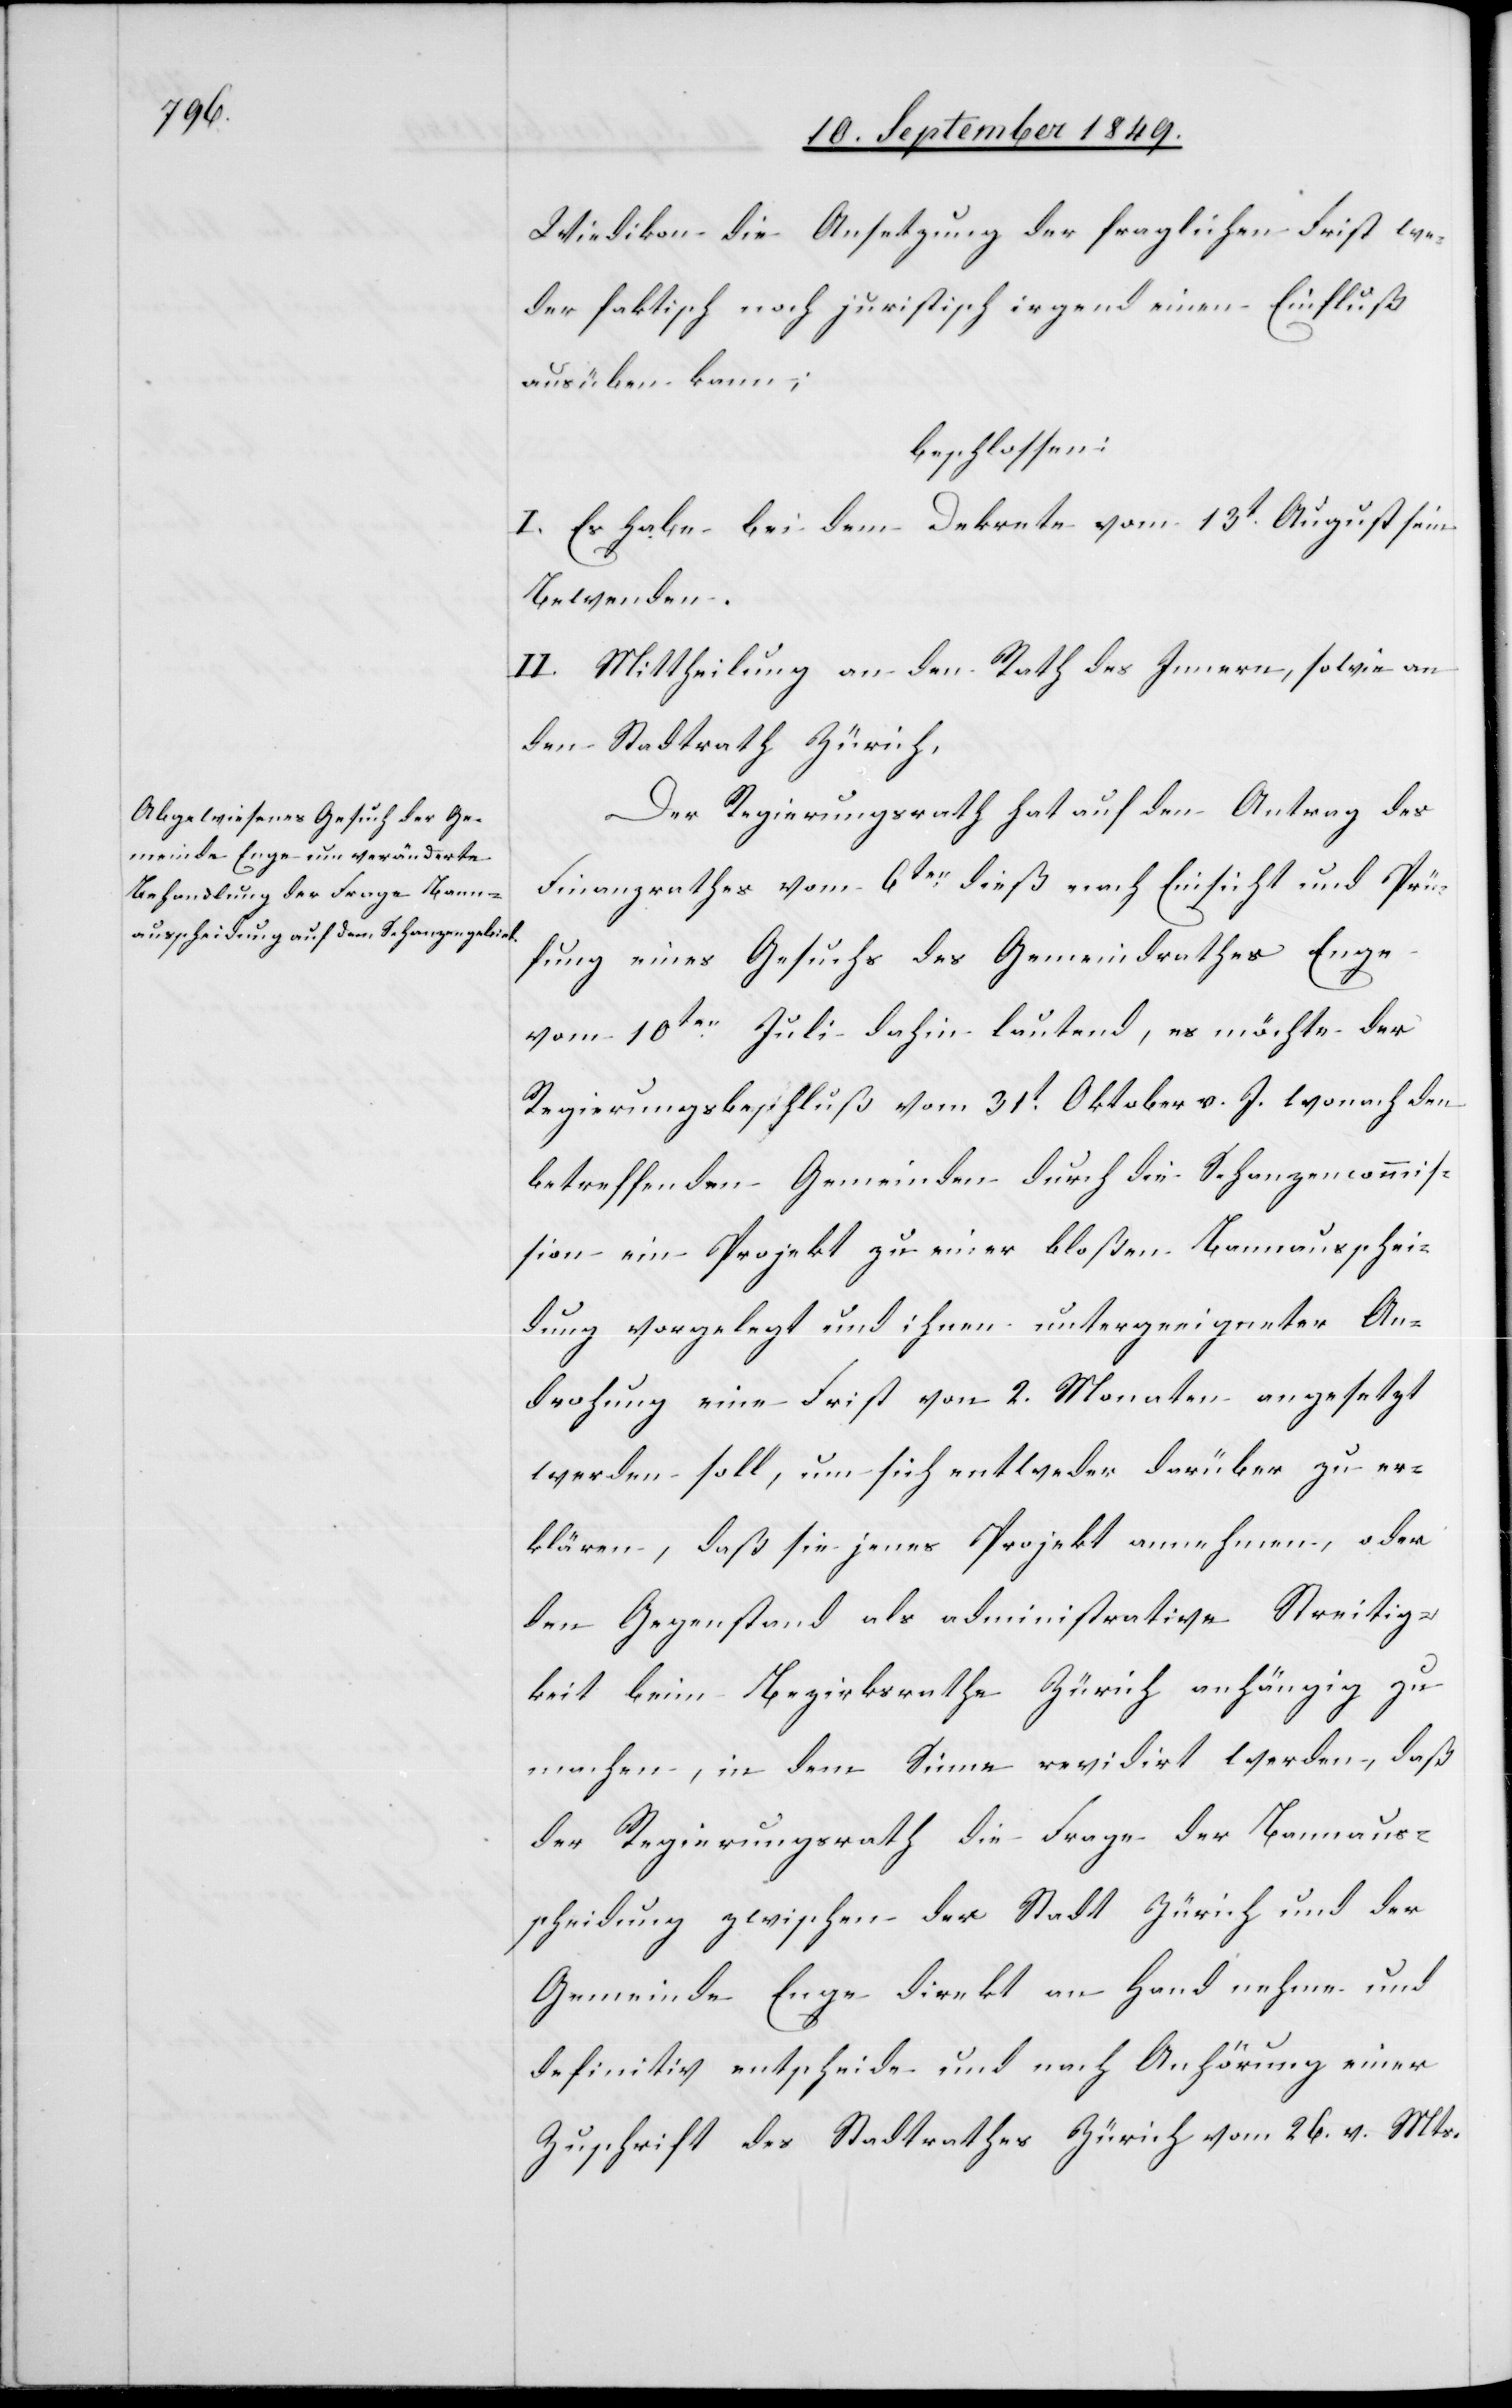
Wiedikon die Ansetzung der fraglichen Frist we¬
der faktisch noch juristisch irgend einen Einfluß
ausüben kann;
beschlossen:
I. Es habe bei dem Dekrete vom 13t August sein
Bewenden.
II. Mittheilung an den Rath des Innern, sowie an
den Stadtrath Zürich.
Der Regierungsrath hat auf den Antrag des
Finanzrathes vom 6ten dieß nach Einsicht und Prü¬
fung eines Gesuchs des Gemeindrathes Enge
vom 10ten Juli dahin lautend, es möchte der
Regierungsbeschluß vom 31t Oktober v. J. wonach den
betreffenden Gemeinden durch die Schanzencommis¬
sion ein Projekt zu einer bloßen Bannausschei¬
dung vorgelegt und ihnen unter geeigneter An¬
drohung eine Frist von 2. Monaten angesetzt
werden soll, um sich entweder darüber zu er¬
klären, daß sie jenes Projekt annehmen, oder
den Gegenstand als administrative Streitig¬
keit beim Bezirksrathe Zürich anhängig zu
machen, in dem Sinne revidirt werden, daß
der Regierungsrath die Frage der Bannaus¬
scheidung zwischen der Stadt Zürich und der
Gemeinde Enge direkt an Hand nehme und
definitiv entscheide und nach Anhörung einer
Zuschrift des Stadtrathes Zürich vom 26. v. Mts.